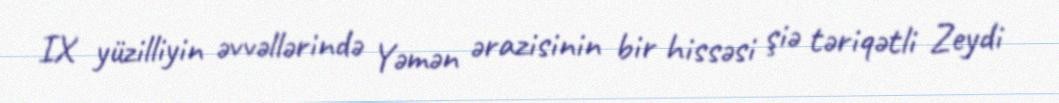
IX yüzilliyin əvvəllərində Yəmən ərazisinin bir hissəsi şiə təriqətli Zeydi